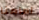
امامنا